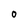
Character: 0